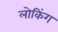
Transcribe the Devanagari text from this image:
लोकिंग